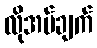
လိုအပ်ချက်